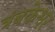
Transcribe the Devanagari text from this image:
त्रंबकेश्वर